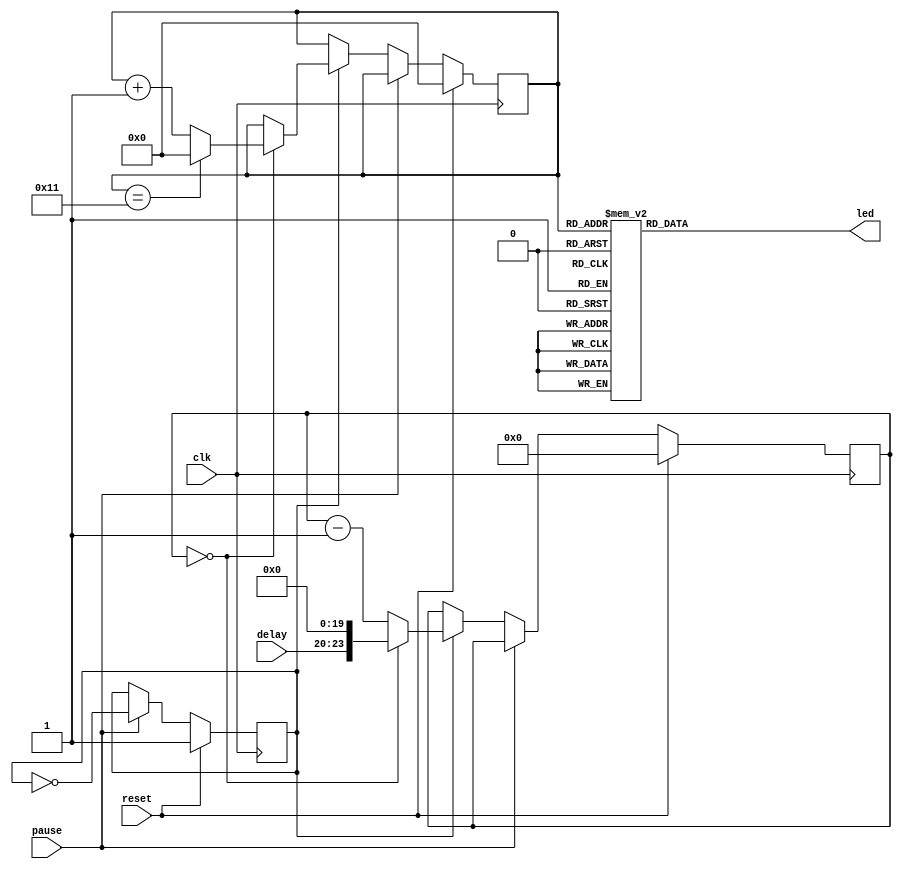
module blinker (
    input clk,
    input [3:0] delay,
    output reg [9:0] led,
    input reset,
    input pause
);

reg [23:0] count = 24'b0;
reg [4:0] pos = 5'b00000;
reg running = 1'b1;

always @(pos) begin
    case (pos)
        5'b00000: led <= 10'b0000000001;
        5'b00001: led <= 10'b0000000010;
        5'b00010: led <= 10'b0000000100;
        5'b00011: led <= 10'b0000001000;
        5'b00100: led <= 10'b0000010000;
        5'b00101: led <= 10'b0000100000;
		  5'b00110: led <= 10'b0001000000;
		  5'b00111: led <= 10'b0010000000;
		  5'b01000: led <= 10'b0100000000;
		  5'b01001: led <= 10'b1000000000;
        5'b01010: led <= 10'b0100000000;
        5'b01011: led <= 10'b0010000000;
        5'b01100: led <= 10'b0001000000;
        5'b01101: led <= 10'b0000100000;
        5'b01110: led <= 10'b0000010000;
		  5'b01111: led <= 10'b0000001000;
		  5'b10000: led <= 10'b0000000100;
		  5'b10001: led <= 10'b0000000010;
        default: led <= 10'b0;
    endcase
end

always @(posedge clk) begin
    if (reset) begin
        count <= 24'b0;
        pos <= 5'b00000;
        running <= 1'b1;
    end else if (pause) begin
        running <= !running;
    end else if (running) begin
        if (count == 24'b0) begin
            count <= {delay, 20'b0};
            if (pos == 5'b10001)
                pos <= 5'b00000;
            else
                pos <= pos + 1'b1;
        end else begin
            count <= count - 1'b1;
        end
    end
end

endmodule